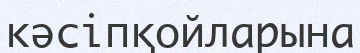
кәсіпқойларына